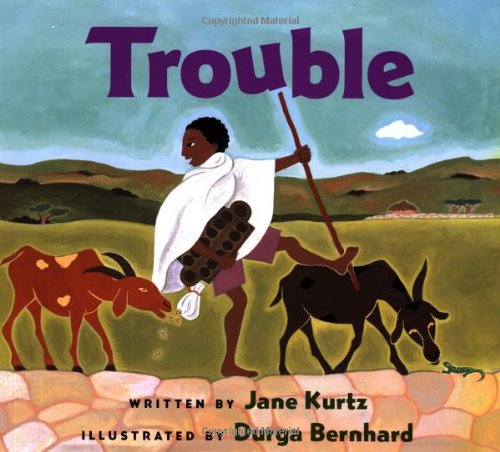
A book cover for Trouble; Jane Kurtz; Children's Books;